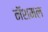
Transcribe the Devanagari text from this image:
नॅशमल